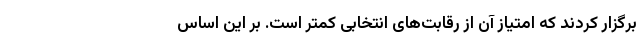
برگزار کردند که امتیاز آن از رقابت‌های انتخابی کمتر است. بر این اساس